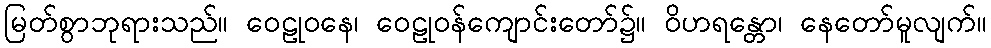
မြတ်စွာဘုရားသည်။ ဝေဠုဝနေ၊ ဝေဠုဝန်ကျောင်းတော်၌။ ဝိဟရန္တော၊ နေတော်မူလျက်။